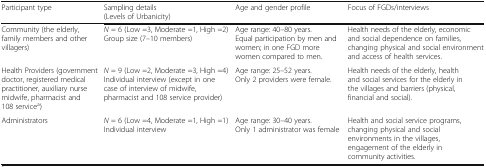
| Participant type | Sampling details (Levels of Urbanicity) | Age and gender profile | Focus of FGDs/interviews |
 | --- | --- | --- | --- |
 | Community (the elderly, family members and other villagers) | N = 6 (Low =3, Moderate =1, High =2)Group size (7–10 members) | Age range: 40–80 years.Equal participation by men and women; in one FGD more women compared to men. | Health needs of the elderly, economic and social dependence on families, changing physical and social environment and access of health services. |
 | Health Providers (government doctor, registered medical practitioner, auxiliary nurse midwife, pharmacist and 108 servicea) | N = 9 (Low =2, Moderate =3, High =4)Individual interview (except in one case of interview of midwife, pharmacist and 108 service provider) | Age range: 25–52 years.Only 2 providers were female. | Health needs of the elderly, health and social services for the elderly in the villages and barriers (physical, financial and social). |
 | Administrators | N = 6 (Low =4, Moderate =1, High =1)Individual interview | Age range: 30–40 years.Only 1 administrator was female | Health and social service programs, changing physical and social environments in the villages, engagement of the elderly in community activities. |